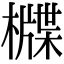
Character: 𣛻